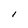
Character: l